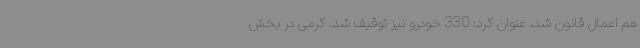
هم اعمال قانون شد، عنوان کرد: 330 خودرو نیز توقیف شد. کرمی در بخش